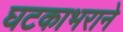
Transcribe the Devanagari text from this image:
घटकाभराने